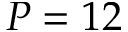
P = 1 2